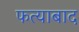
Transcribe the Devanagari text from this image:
फत्याबाद